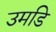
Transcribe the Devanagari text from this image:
उमडि